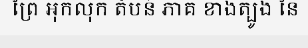
ព្រៃ អុកលុក តំបន់ ភាគ ខាងត្បូង នៃ